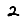
Digit: 2